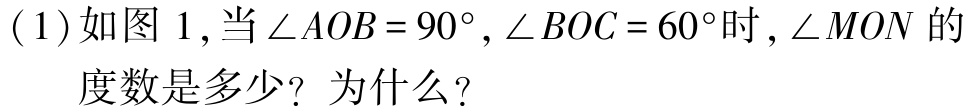
(1)如图1,当$\angle AOB = 90^{\circ},\angle BOC = 60^{\circ}$时,$\angle MON$的度数是多少？为什么？